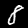
Label: 8